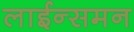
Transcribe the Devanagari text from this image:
लाईन्समन